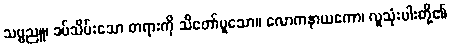
သဗ္ဗညူ၊ ခပ်သိမ်းသော တရားကို သိတော်မူသော။ လောကနာယကော၊ လူသုံးပါးတို့၏